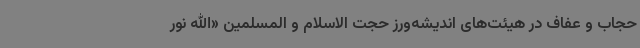
حجاب و عفاف در هیئت‌های اندیشه‌ورز حجت الاسلام و المسلمین «الله نور